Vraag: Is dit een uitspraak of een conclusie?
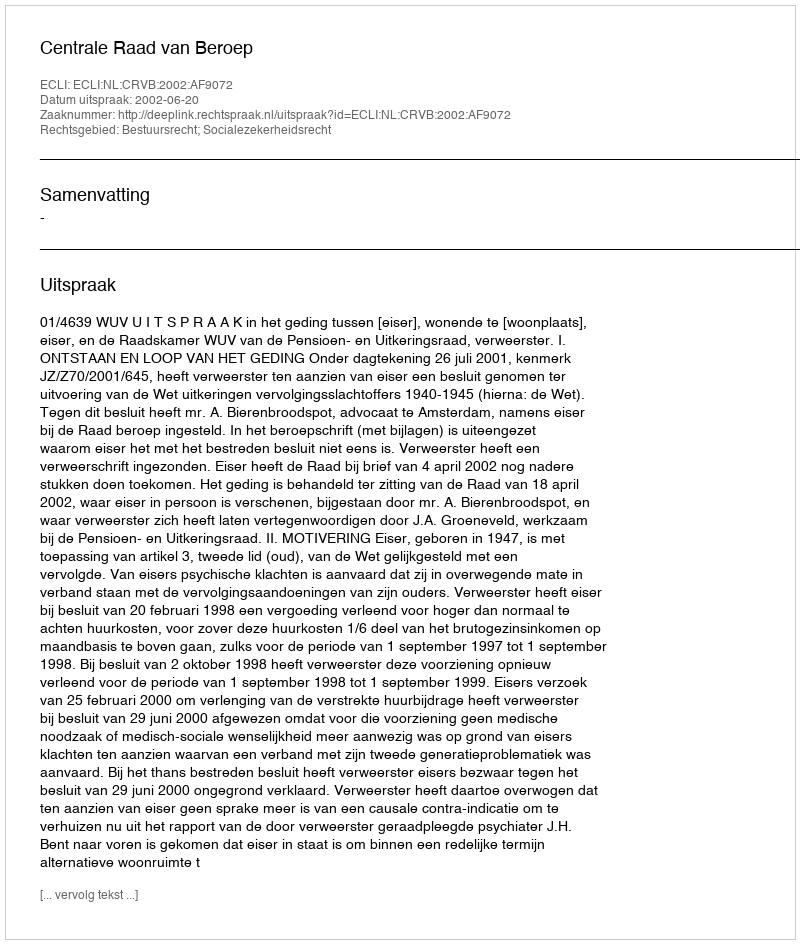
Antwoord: Uitspraak